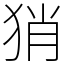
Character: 𤞚